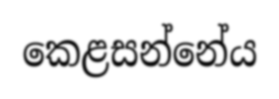
කෙළසන්නේය